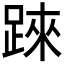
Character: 𨂐